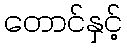
တောင်နှင့်